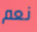
نعم